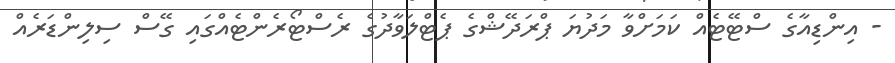
- އިންޑިއާގެ ސްޓޭޓެއް ކަމަށްވާ މަދުޔަ ޕްރަދޭޝްގެ ޕެޓްލަވާދުގެ ރެސްޓޯރެންޓެއްގައި ގޭސް ސިލިންޑަރެއް